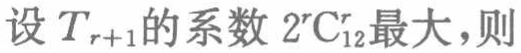
设\(T_{r + 1}\)的系数\(2^{r}\mathrm{C}_{12}^{r}\)最大，则